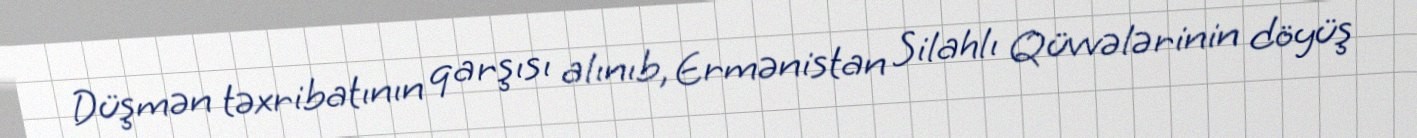
Düşmən təxribatının qarşısı alınıb, Ermənistan Silahlı Qüvvələrinin döyüş